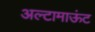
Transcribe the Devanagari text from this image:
अल्टामाऊंट